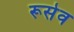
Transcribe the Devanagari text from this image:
रूसेव